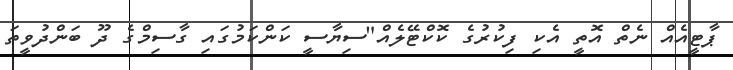
ޕާޓީއެއް ނެތް އޮތީ އެކި ފިކުރުގެ ކޮކްޓޭލެއް"ސިޔާސީ ކަންކަމުގައި ގާސިމްގެ ދޫ ބަންދުވީތަ